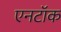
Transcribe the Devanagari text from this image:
एनटॉक